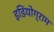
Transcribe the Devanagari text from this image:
इडियोग्राम